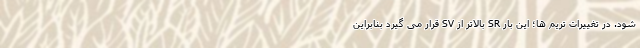
شود. در تغییرات تریم ها؛ این بار SR بالاتر از SV قرار می گیرد بنابراین